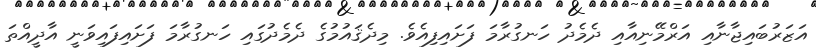
އަޒަރުބައިޖާނާއި އަރްމޭނިއާއި ދެމެދު ހަނގުރާމަ ފަށައިފިއެވެ. މިދެޤައުމުގެ ދެމެދުގައި ހަނގުރާމަ ފަށައިފައިވަނީ އާދީއްތަ